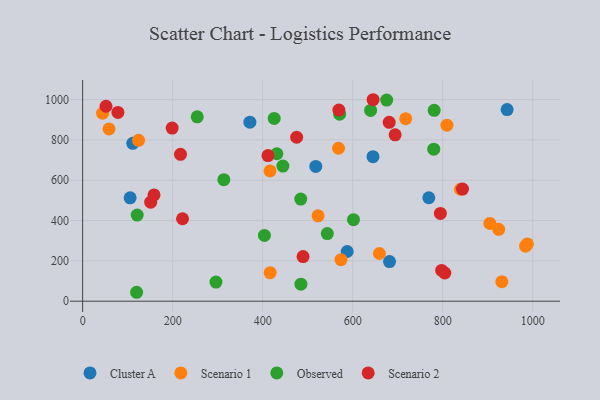
{"axis": {"x": "Study Hours", "y": "Sales"}, "legend": ["Cluster A", "Observed", "Scenario 1", "Scenario 2"], "data": [{"x": "105.5", "y": 512.7, "type": "Cluster A"}, {"x": "371.6", "y": 887.6, "type": "Cluster A"}, {"x": "943.1", "y": 950.1, "type": "Cluster A"}, {"x": "587.8", "y": 246.5, "type": "Cluster A"}, {"x": "518.0", "y": 668.6, "type": "Cluster A"}, {"x": "769.1", "y": 512.9, "type": "Cluster A"}, {"x": "681.8", "y": 196.5, "type": "Cluster A"}, {"x": "645.1", "y": 716.7, "type": "Cluster A"}, {"x": "111.4", "y": 783.0, "type": "Cluster A"}, {"x": "984.2", "y": 272.7, "type": "Scenario 1"}, {"x": "809.4", "y": 872.9, "type": "Scenario 1"}, {"x": "924.4", "y": 356.4, "type": "Scenario 1"}, {"x": "44.4", "y": 932.4, "type": "Scenario 1"}, {"x": "904.8", "y": 385.9, "type": "Scenario 1"}, {"x": "416.6", "y": 141.7, "type": "Scenario 1"}, {"x": "573.9", "y": 206.1, "type": "Scenario 1"}, {"x": "717.8", "y": 904.9, "type": "Scenario 1"}, {"x": "988.1", "y": 283.9, "type": "Scenario 1"}, {"x": "523.1", "y": 423.3, "type": "Scenario 1"}, {"x": "124.2", "y": 798.0, "type": "Scenario 1"}, {"x": "659.4", "y": 236.5, "type": "Scenario 1"}, {"x": "58.6", "y": 854.5, "type": "Scenario 1"}, {"x": "416.3", "y": 645.9, "type": "Scenario 1"}, {"x": "931.4", "y": 96.8, "type": "Scenario 1"}, {"x": "568.5", "y": 758.4, "type": "Scenario 1"}, {"x": "839.5", "y": 555.2, "type": "Scenario 1"}, {"x": "121.2", "y": 427.2, "type": "Observed"}, {"x": "639.8", "y": 945.9, "type": "Observed"}, {"x": "781.0", "y": 946.6, "type": "Observed"}, {"x": "313.7", "y": 602.5, "type": "Observed"}, {"x": "431.5", "y": 731.1, "type": "Observed"}, {"x": "119.9", "y": 44.3, "type": "Observed"}, {"x": "254.6", "y": 914.2, "type": "Observed"}, {"x": "571.0", "y": 927.2, "type": "Observed"}, {"x": "484.6", "y": 506.6, "type": "Observed"}, {"x": "485.0", "y": 84.5, "type": "Observed"}, {"x": "601.7", "y": 404.5, "type": "Observed"}, {"x": "675.5", "y": 997.2, "type": "Observed"}, {"x": "425.6", "y": 906.4, "type": "Observed"}, {"x": "296.2", "y": 94.7, "type": "Observed"}, {"x": "543.6", "y": 335.2, "type": "Observed"}, {"x": "780.1", "y": 753.8, "type": "Observed"}, {"x": "444.9", "y": 670.3, "type": "Observed"}, {"x": "403.9", "y": 326.3, "type": "Observed"}, {"x": "158.6", "y": 527.2, "type": "Scenario 2"}, {"x": "221.9", "y": 408.8, "type": "Scenario 2"}, {"x": "217.4", "y": 728.6, "type": "Scenario 2"}, {"x": "151.2", "y": 491.2, "type": "Scenario 2"}, {"x": "804.7", "y": 139.8, "type": "Scenario 2"}, {"x": "797.6", "y": 152.8, "type": "Scenario 2"}, {"x": "198.9", "y": 858.5, "type": "Scenario 2"}, {"x": "794.8", "y": 435.1, "type": "Scenario 2"}, {"x": "681.1", "y": 887.2, "type": "Scenario 2"}, {"x": "489.7", "y": 221.4, "type": "Scenario 2"}, {"x": "694.3", "y": 824.9, "type": "Scenario 2"}, {"x": "78.4", "y": 935.9, "type": "Scenario 2"}, {"x": "844.0", "y": 555.9, "type": "Scenario 2"}, {"x": "645.3", "y": 999.1, "type": "Scenario 2"}, {"x": "475.5", "y": 813.1, "type": "Scenario 2"}, {"x": "411.8", "y": 722.1, "type": "Scenario 2"}, {"x": "569.3", "y": 947.7, "type": "Scenario 2"}, {"x": "51.9", "y": 966.8, "type": "Scenario 2"}]}